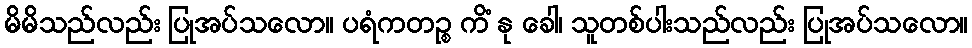
မိမိသည်လည်း ပြုအပ်သလော။ ပရံကတဉ္စ ကိံ နု ခေါ၊ သူတစ်ပါးသည်လည်း ပြုအပ်သလော။